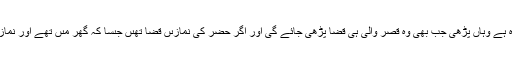
جواب : سفر مىں جو نماز قضا ہوئى اگر وہ حَضَر مىں پڑھی ىعنى جہاں گھر وغىرہ ہے وہاں پڑھی جب بھى وہ قصر والى ہى قضا پڑھی جائے گی اور اگر حَضَر کى نمازىں قضا تھىں جىسا کہ گھر مىں تھے اور نمازیں قضا ہوئیں تو اب اگر انہیں سفر کے دَوران پڑھیں گے تو پورى پڑھنا ہوں گى ۔